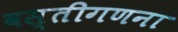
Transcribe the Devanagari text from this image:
वस्तीगणना